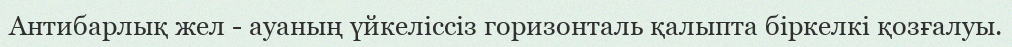
Антибарлық жел - ауаның үйкеліссіз горизонталь қалыпта біркелкі қозғалуы.